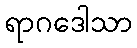
ရာဂဒေါသာ